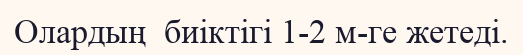
Олардың  биіктігі 1-2 м-ге жетеді.